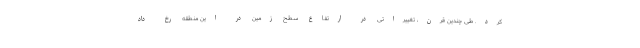
کرد. طی چندین قرن، تغییراتی در ارتفاع سطح زمین در این منطقه رخ داد